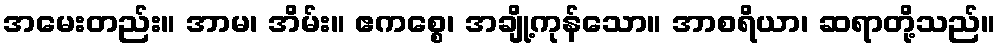
အမေးတည်း။ အာမ၊ အိမ်း။ ဧကစ္စေ၊ အချို့ကုန်သော။ အာစရိယာ၊ ဆရာတို့သည်။